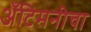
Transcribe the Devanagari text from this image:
अँटिमनीचा